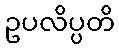
ဥပလိပ္ပတိ